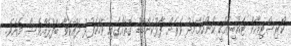
ކްރިސްޓިއާން ޓައުބިރާއަކީ ކަންކަމާމެދު ވަރަށް ފާޅުކަންބޮޑު ގޮތެއްގައި ވާހަކަފުޅު ދައްކަވާ ބޭފުޅެއްވެސް މެއެވެ.